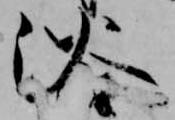
浴